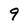
Character: 9